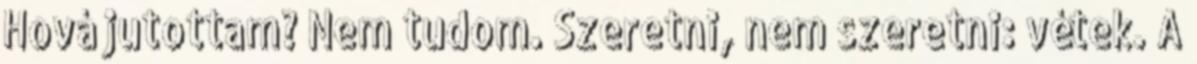
Hová jutottam? Nem tudom. Szeretni, nem szeretni: vétek. A